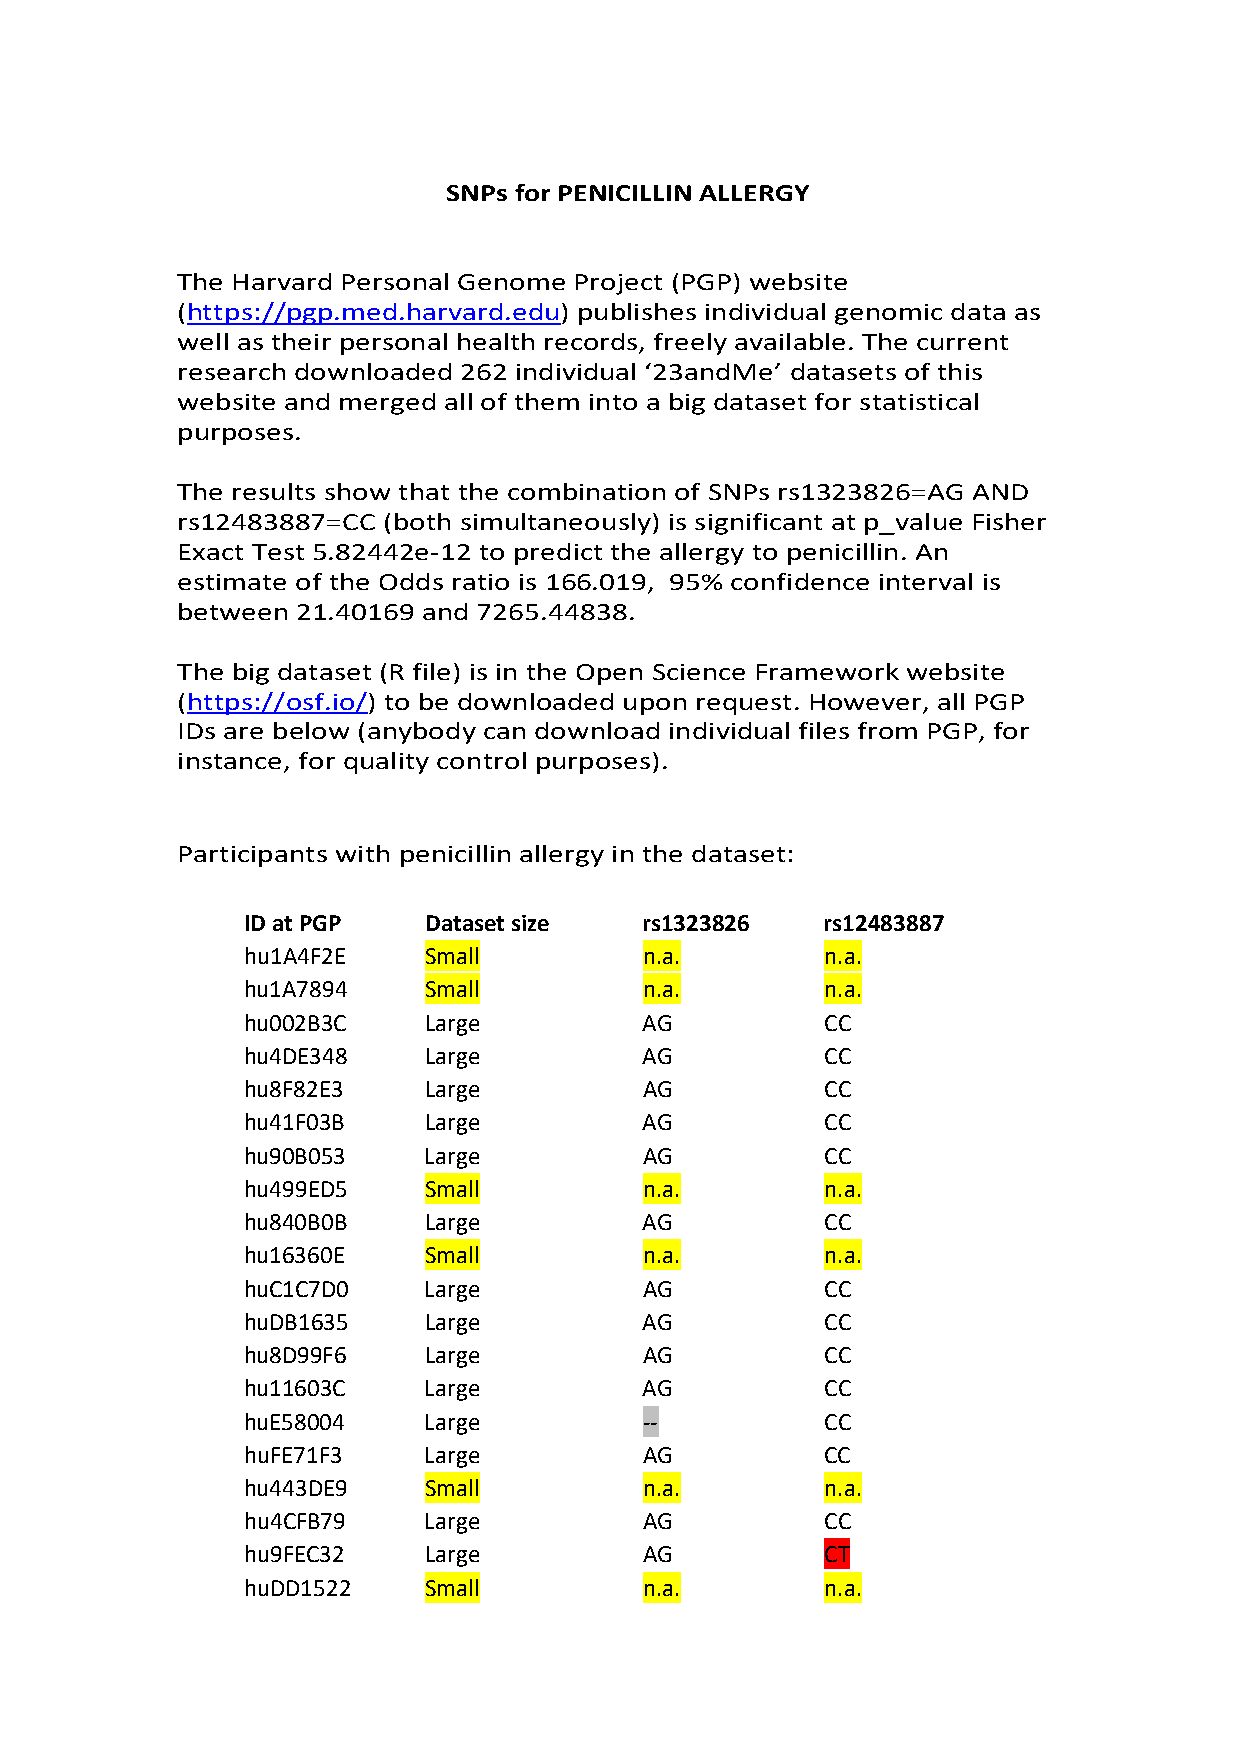
SNPs for PENICILLIN ALLERGY
 The Harvard Personal Genome Project (PGP) website
 (https://pgp.med.harvard.edu) publishes individual genomic data as
 well as their personal health records, freely available. The current
 research downloaded 262 individual ‘23andMe’ datasets of this
 website and merged all of them into a big dataset for statistical
 purposes.
 The results show that the combination of SNPs rs1323826=AG AND
 rs12483887=CC (both simultaneously) is significant at p_value Fisher
 Exact Test 5.82442e‐12 to predict the allergy to penicillin. An
 estimate of the Odds ratio is 166.019, 95% confidence interval is
 between 21.40169 and 7265.44838.
 The big dataset (R file) is in the Open Science Framework website
 (https://osf.io/) to be downloaded upon request. However, all PGP
 IDs are below (anybody can download individual files from PGP, for
 instance, for quality control purposes).
 Participants with penicillin allergy in the dataset:
 ID at PGP   Dataset size   rs1323826   rs12483887
 hu1A4F2E    Small          n.a.        n.a.
 hu1A7894    Small          n.a.        n.a.
 hu002B3C    Large          AG          CC
 hu4DE348    Large          AG          CC
 hu8F82E3    Large          AG          CC
 hu41F03B    Large          AG          CC
 hu90B053    Large          AG          CC
 hu499ED5    Small          n.a.        n.a.
 hu840B0B    Large          AG          CC
 hu16360E    Small          n.a.        n.a.
 huC1C7D0    Large          AG          CC
 huDB1635    Large          AG          CC
 hu8D99F6    Large          AG          CC
 hu11603C    Large          AG          CC
 huE58004    Large          ‐‐          CC
 huFE71F3    Large          AG          CC
 hu443DE9    Small          n.a.        n.a.
 hu4CFB79    Large          AG          CC
 hu9FEC32    Large          AG          CT
 huDD1522    Small          n.a.        n.a.